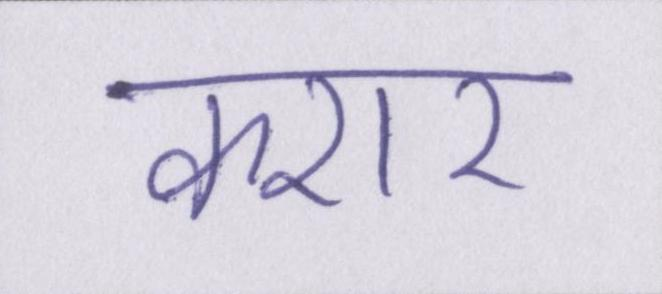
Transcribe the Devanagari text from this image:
करार